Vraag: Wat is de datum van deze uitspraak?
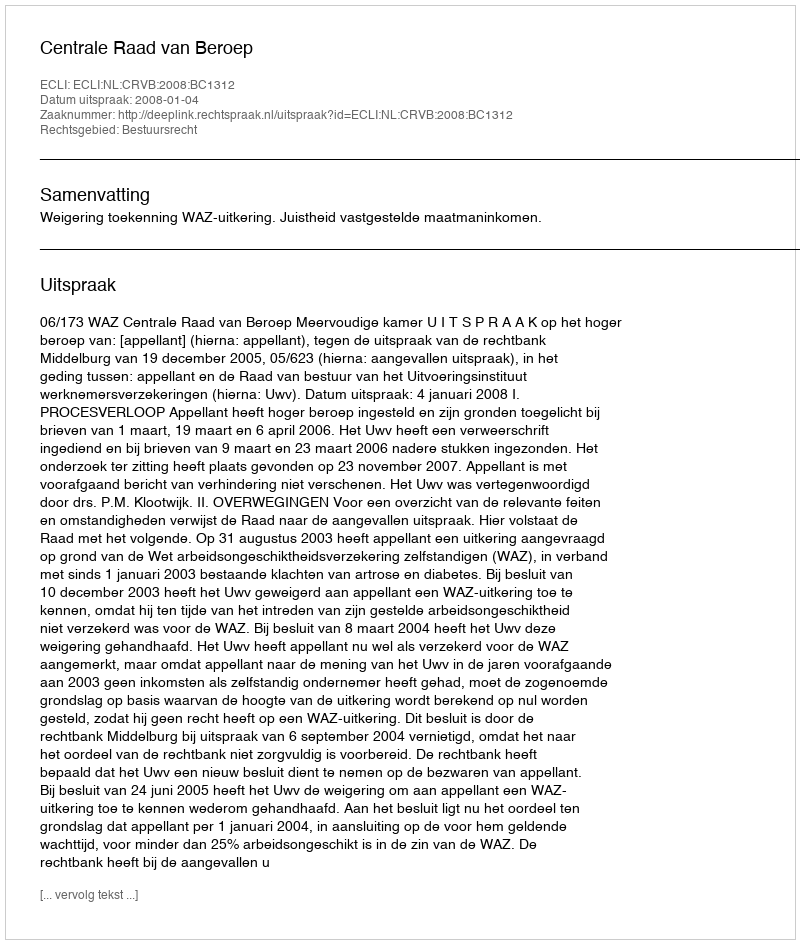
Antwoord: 2008-01-04